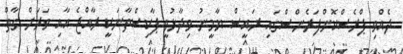
ދެއްވި ޕްރެސްކޮންފަރެންސްގައި ރައީސް ޔާމީނު ވިދާޅުވީ ޕާކިސްތާނަކީ ރާއްޖެ އާއި ވަަރަށް ގާތް